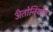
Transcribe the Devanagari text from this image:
अँतोनियोस